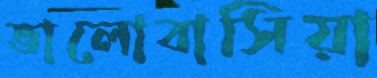
ভালোবাসিয়া